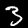
Label: 3